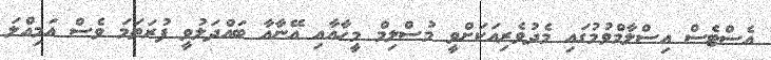
އެސްޓެސް އިސްލާމްވުމުގައި މެދުވެރިއަކަށްވީ މުސްލިމް މީހާއާއި އޭނާއާ ބައްދަލުވީ ފުރަތަމަ ވެސް އަމިއްލަ